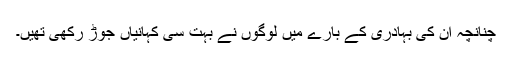
چنانچہ ان کی بہادری کے بارے میں لوگوں نے بہت سی کہانیاں جوڑ رکھی تھیں۔